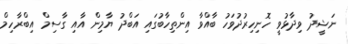
ނަޝީދު ވިދާޅުވީ ހޮނިހިރުދުވަހު ބާއްވާ އިންތިހާބުގައި އަބްދު ޔާމިން އާއި ގާސިމް އިބްރާހިމް